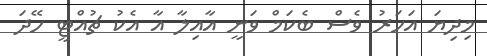
މިދިޔަ އަހަރު ވެސް ބެކަމް ވަނީ އާއިލާ އާ އެކު ޗުއްޓީ ހޭދަ